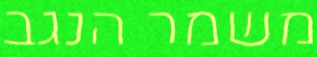
משמר הנגב